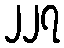
၂၂၇